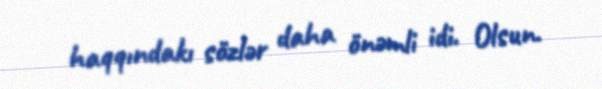
haqqındakı sözlər daha önəmli idi. Olsun.